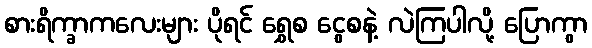
စားရိက္ခာကလေးများ ပိုရင် ရွှေစ ငွေစနဲ့ လဲကြပါလို့ ပြောကွာ